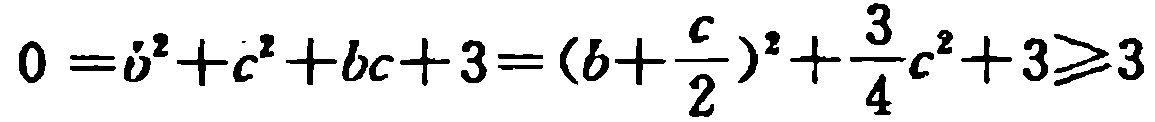
\(0 = b^{2}+c^{2}+bc + 3=(b+\frac{c}{2})^{2}+\frac{3}{4}c^{2}+3\geqslant3\)